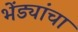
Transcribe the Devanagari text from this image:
भेंड्यांचा